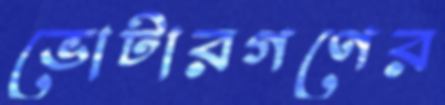
ভোটারগণের